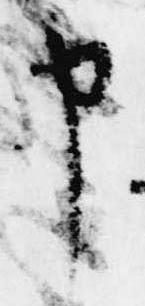
申